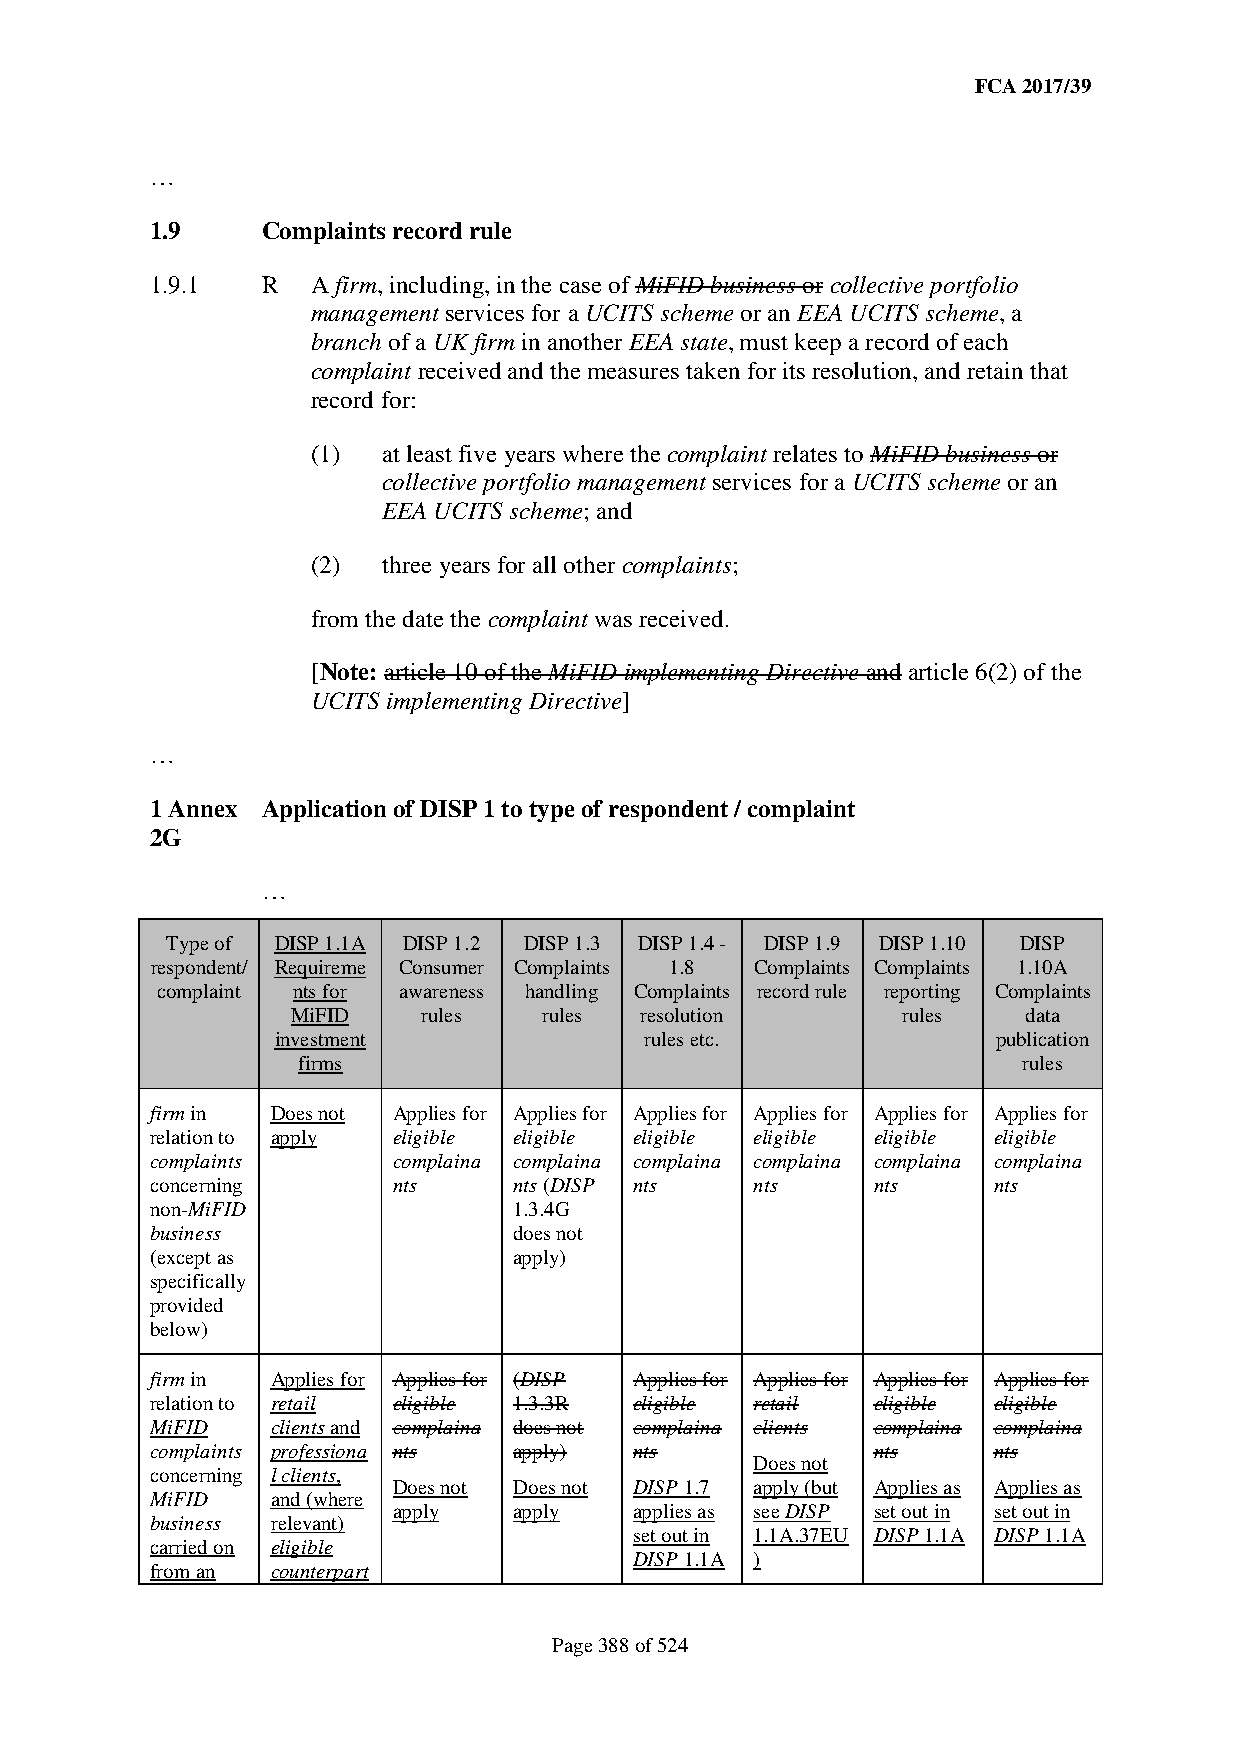
FCA 2017/39
 …
 1.9    Complaints record rule
 1.9.1  R   A firm, including, in the case of MiFID business or collective portfolio
 management services for a UCITS scheme or an EEA UCITS scheme, a
 branch of a UK firm in another EEA state, must keep a record of each
 complaint received and the measures taken for its resolution, and retain that
 record for:
 (1) at least five years where the complaint relates to MiFID business or
 collective portfolio management services for a UCITS scheme or an
 EEA UCITS scheme; and
 (2) three years for all other complaints;
 from the date the complaint was received.
 [Note: article 10 of the MiFID implementing Directive and article 6(2) of the
 UCITS implementing Directive]
 …
 1 Annex Application of DISP 1 to type of respondent / complaint
 2G
 …
 Type of DISP 1.1A DISP 1.2 DISP 1.3 DISP 1.4 - DISP 1.9 DISP 1.10 DISP
 respondent/ Requireme Consumer Complaints 1.8 Complaints Complaints 1.10A
 complaint nts for awareness handling Complaints record rule reporting Complaints
 MiFID    rules   rules resolution        rules   data
 investment               rules etc.             publication
 firms                                           rules
 firm in Does not Applies for Applies for Applies for Applies for Applies for Applies for
 relation to apply eligible eligible eligible eligible eligible eligible
 complaints      complaina complaina complaina complaina complaina complaina
 concerning      nts     nts (DISP nts   nts     nts     nts
 non-MiFID               1.3.4G
 business                does not
 (except as              apply)
 specifically
 provided
 below)
 firm in Applies for Applies for (DISP Applies for Applies for Applies for Applies for
 relation to retail eligible 1.3.3R eligible retail eligible eligible
 MiFID   clients and complaina does not complaina clients complaina complaina
 complaints professiona nts apply) nts           nts     nts
 Does not
 concerning l clients,
 Does not Does not DISP 1.7 apply (but Applies as Applies as
 MiFID   and (where
 apply   apply   applies as see DISP set out in set out in
 business relevant)
 set out in 1.1A.37EU DISP 1.1A DISP 1.1A
 carried on eligible
 DISP 1.1A )
 from an counterpart
 Page 388 of 524